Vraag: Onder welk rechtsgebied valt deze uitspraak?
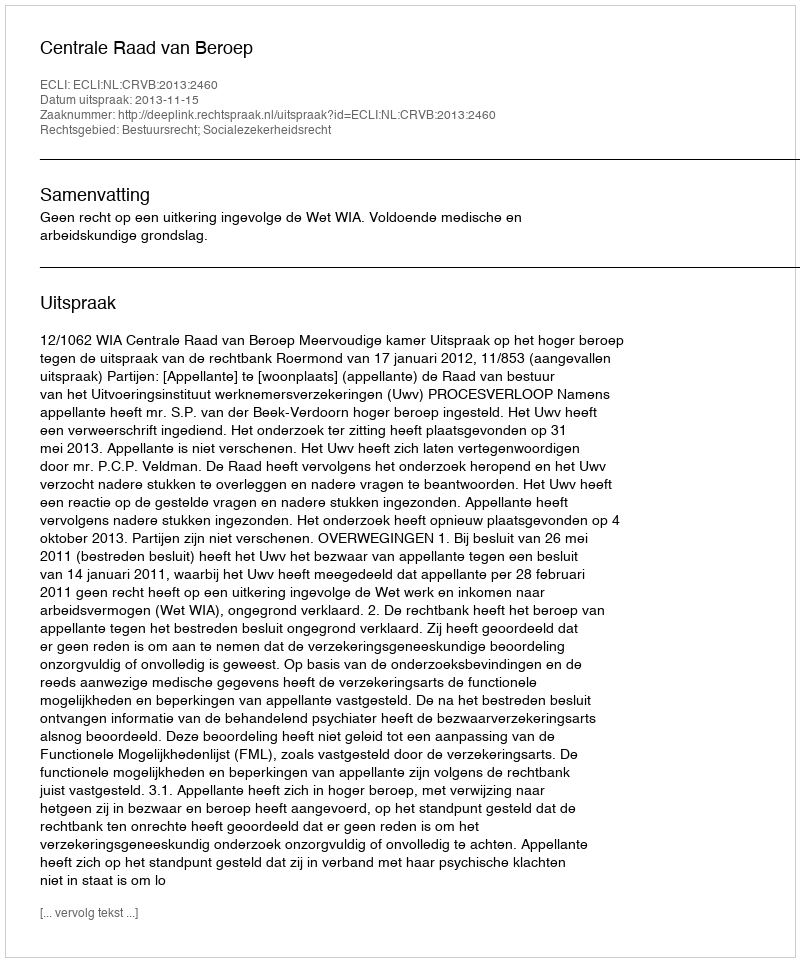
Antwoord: Bestuursrecht; Socialezekerheidsrecht